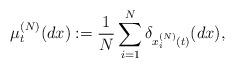
LaTeX: \begin{align*} \mu_t^{(N)}(d x) := \frac{1}{N} \sum_{i =1}^{N} \delta_{ x_i^{(N)}(t)}(d x),\end{align*}